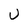
Character: U